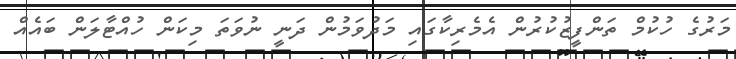
މަރުގެ ހުކުމް ތަންފީޒުކުރުން އެމެރިކާގައި މަދުވަމުން ދަނީ ނުވަތަ މިކަން ހުއްޓާލަން ބައެއް